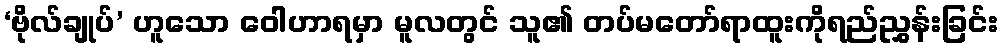
‘ဗိုလ်ချုပ်’ ဟူသော ဝေါဟာရမှာ မူလတွင် သူ၏ တပ်မတော်ရာထူးကိုရည်ညွှန်းခြင်း